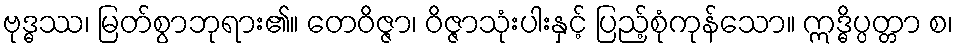
ဗုဒ္ဓဿ၊ မြတ်စွာဘုရား၏။ တေဝိဇ္ဇာ၊ ဝိဇ္ဇာသုံးပါးနှင့် ပြည့်စုံကုန်သော။ ဣဒ္ဓိပ္ပတ္တာ စ၊